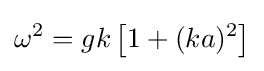
\omega ^{2}=gk\left[1+(ka)^{2}\right]